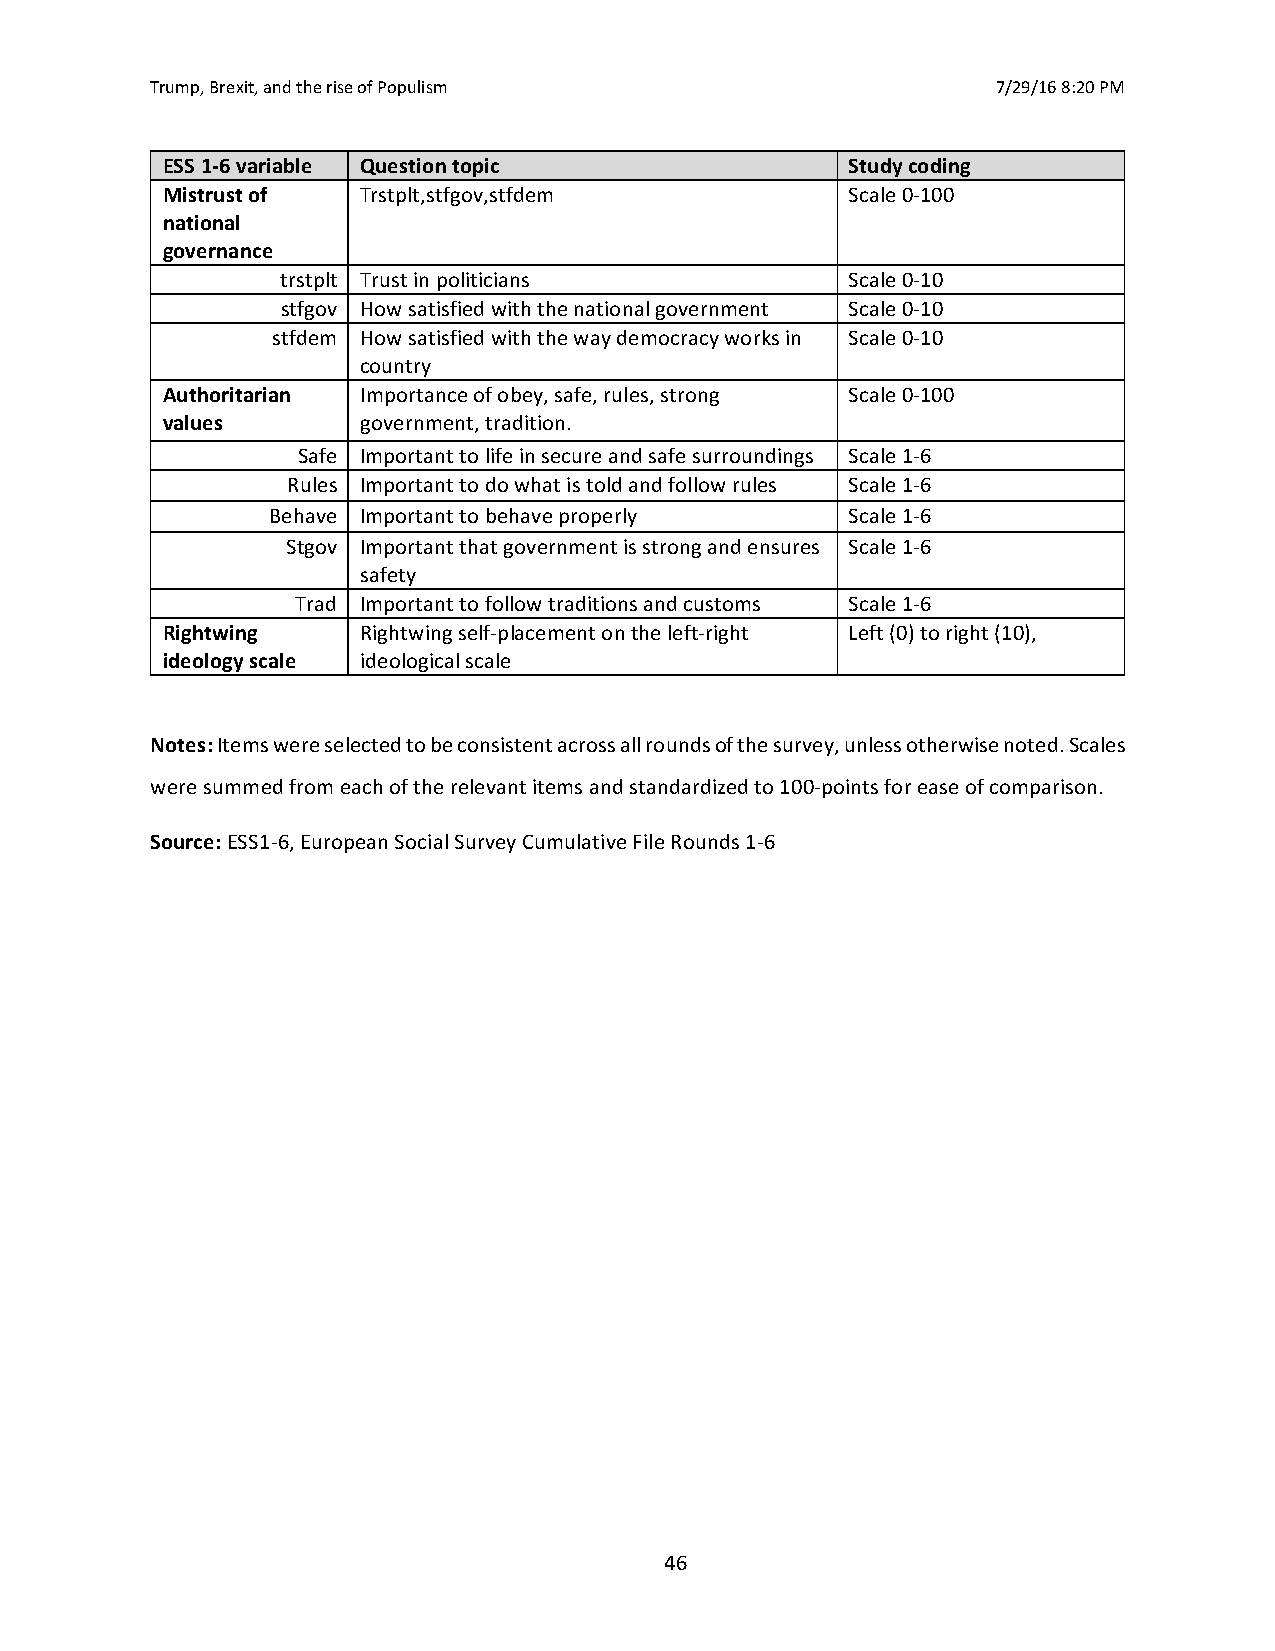
Trump, Brexit, and the rise of Populism                 7/29/16 8:20 PM
 ESS 1-6 variable Question topic              Study coding
 Mistrust of  Trstplt,stfgov,stfdem           Scale 0-100
 national
 governance
 trstplt Trust in politicians         Scale 0-10
 stfgov How satisfied with the national government Scale 0-10
 stfdem How satisfied with the way democracy works in Scale 0-10
 country
 Authoritarian Importance of obey, safe, rules, strong Scale 0-100
 values       government, tradition.
 Safe Important to life in secure and safe surroundings Scale 1-6
 Rules Important to do what is told and follow rules Scale 1-6
 Behave Important to behave properly   Scale 1-6
 Stgov Important that government is strong and ensures Scale 1-6
 safety
 Trad Important to follow traditions and customs Scale 1-6
 Rightwing    Rightwing self-placement on the left-right Left (0) to right (10),
 ideology scale ideological scale
 Notes: Items were selected to be consistent across all rounds of the survey, unless otherwise noted. Scales
 were summed from each of the relevant items and standardized to 100-points for ease of comparison.
 Source: ESS1-6, European Social Survey Cumulative File Rounds 1-6
 46